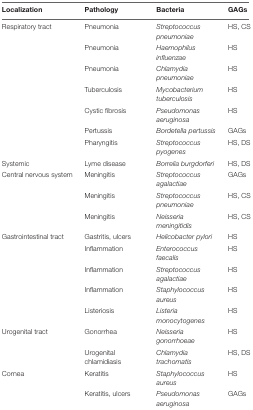
| Localization | Pathology | Bacteria | GAGs |
 | --- | --- | --- | --- |
 | Respiratory tract | Pneumonia | Streptococcus pneumoniae | HS, CS |
 |  | Pneumonia | Haemophilus influenzae | HS |
 |  | Pneumonia | Chlamydia pneumoniae | HS |
 |  | Tuberculosis | Mycobacterium tuberculosis | HS |
 |  | Cystic fibrosis | Pseudomonas aeruginosa | HS |
 |  | Pertussis | Bordetella pertussis | GAGs |
 |  | Pharyngitis | Streptococcus pyogenes | HS, DS |
 | Systemic | Lyme disease | Borrelia burgdorferi | HS, DS |
 | Central nervous system | Meningitis | Streptococcus agalactiae | GAGs |
 |  | Meningitis | Streptococcus pneumoniae | HS, CS |
 |  | Meningitis | Neisseria meningitidis | HS, CS |
 | Gastrointestinal tract | Gastritis, ulcers | Helicobacter pylori | HS |
 |  | Inflammation | Enterococcus faecalis | HS |
 |  | Inflammation | Streptococcus agalactiae | HS |
 |  | Inflammation | Staphylococcus aureus | HS |
 |  | Listeriosis | Listeria monocytogenes | HS |
 | Urogenital tract | Gonorrhea | Neisseria gonorrhoeae | HS |
 |  | Urogenital chlamidiasis | Chlamydia trachomatis | HS, DS |
 | Cornea | Keratitis | Staphylococcus aureus | HS |
 |  | Keratitis, ulcers | Pseudomonas aeruginosa | GAGs |